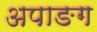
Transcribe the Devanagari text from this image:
अपाङग